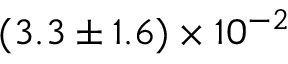
( 3 . 3 \pm 1 . 6 ) \times 1 0 ^ { - 2 }